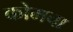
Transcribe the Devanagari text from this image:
कोमचा